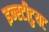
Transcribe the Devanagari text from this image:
इन्स्टीटुयट